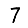
Digit: 7